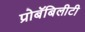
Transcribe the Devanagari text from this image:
प्रोबॅबिलीटी